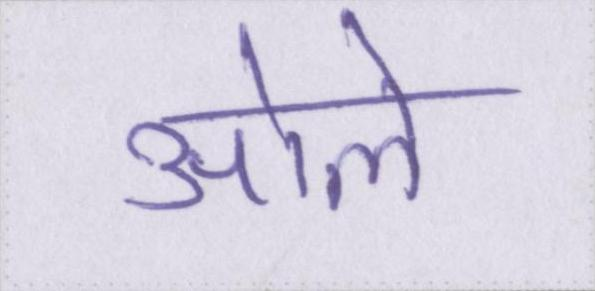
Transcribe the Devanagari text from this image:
ओले